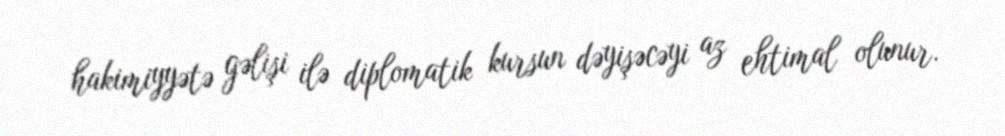
hakimiyyətə gəlişi ilə diplomatik kursun dəyişəcəyi az ehtimal olunur.